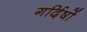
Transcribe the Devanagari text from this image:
गर्दिषों